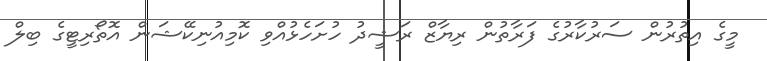
މީގެ އިތުރުން ސަރުކާރުގެ ފަރާތުން ރިޔާޒް ރަޝީދު ހުށަހެޅުއްވި ކޮމިއުނިކޭޝަން އޮތޯރިޓީގެ ބިލް